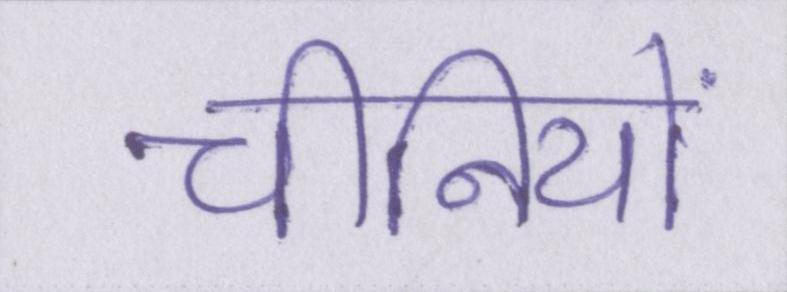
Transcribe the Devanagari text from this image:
चीनियों